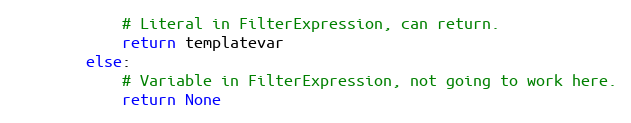
Language: Python
            # Literal in FilterExpression, can return.
            return templatevar
        else:
            # Variable in FilterExpression, not going to work here.
            return None